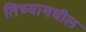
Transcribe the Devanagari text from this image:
तिच्यामधील